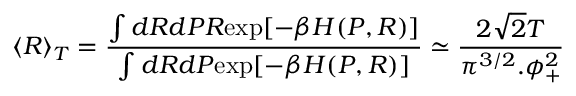
\langle R \rangle _ { T } = \frac { \int d R d P R \mathrm { e x p } [ - \beta H ( P , R ) ] } { \int d R d P \mathrm { e x p } [ - \beta H ( P , R ) ] } \simeq \frac { 2 { \sqrt { 2 } } T } { \pi ^ { 3 / 2 } . \phi _ { + } ^ { 2 } }